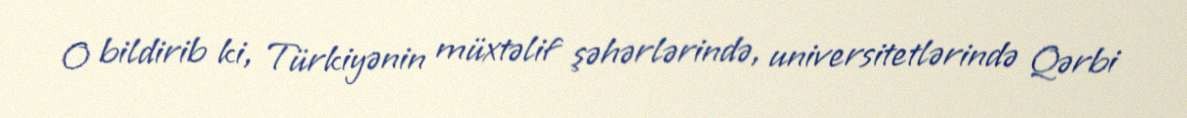
O bildirib ki, Türkiyənin müxtəlif şəhərlərində, universitetlərində Qərbi